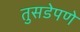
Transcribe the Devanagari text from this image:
तुसडेपणे